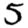
Digit: 5